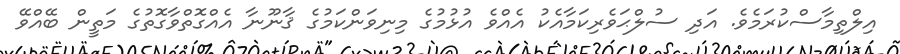
އިލްތިމާސްކުރަމެވެ. އަދި ސުލްޙަވެރިކަމާއެކު އެއްވެ އުޅުމުގެ މިނިވަންކަމުގެ ޤާނޫނާ އެއްގޮތްވާގޮތުގެ މަތީން ބޭއްވޭ